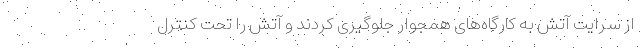
از سرایت آتش به کارگاه‌های همجوار جلوگیری کردند و آتش را تحت کنترل